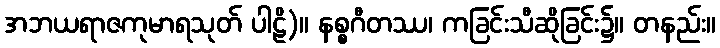
အဘယရာဇကုမာရသုတ် ပါဠိ)။ နစ္စဂီတဿ၊ ကခြင်းသီဆိုခြင်း၌။ တနည်း။